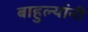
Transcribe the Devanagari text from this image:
बाहुल्यांनी